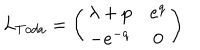
LaTeX: L _ { T o d a } = \left( \begin{array} { c c } { { \lambda + p } } & { { e ^ { q } } } \\ { { - e ^ { - q } } } & { { 0 } } \\ \end{array} \right)